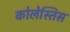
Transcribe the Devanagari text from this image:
कोलेस्तिस